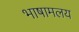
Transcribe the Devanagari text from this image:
भाषामलय